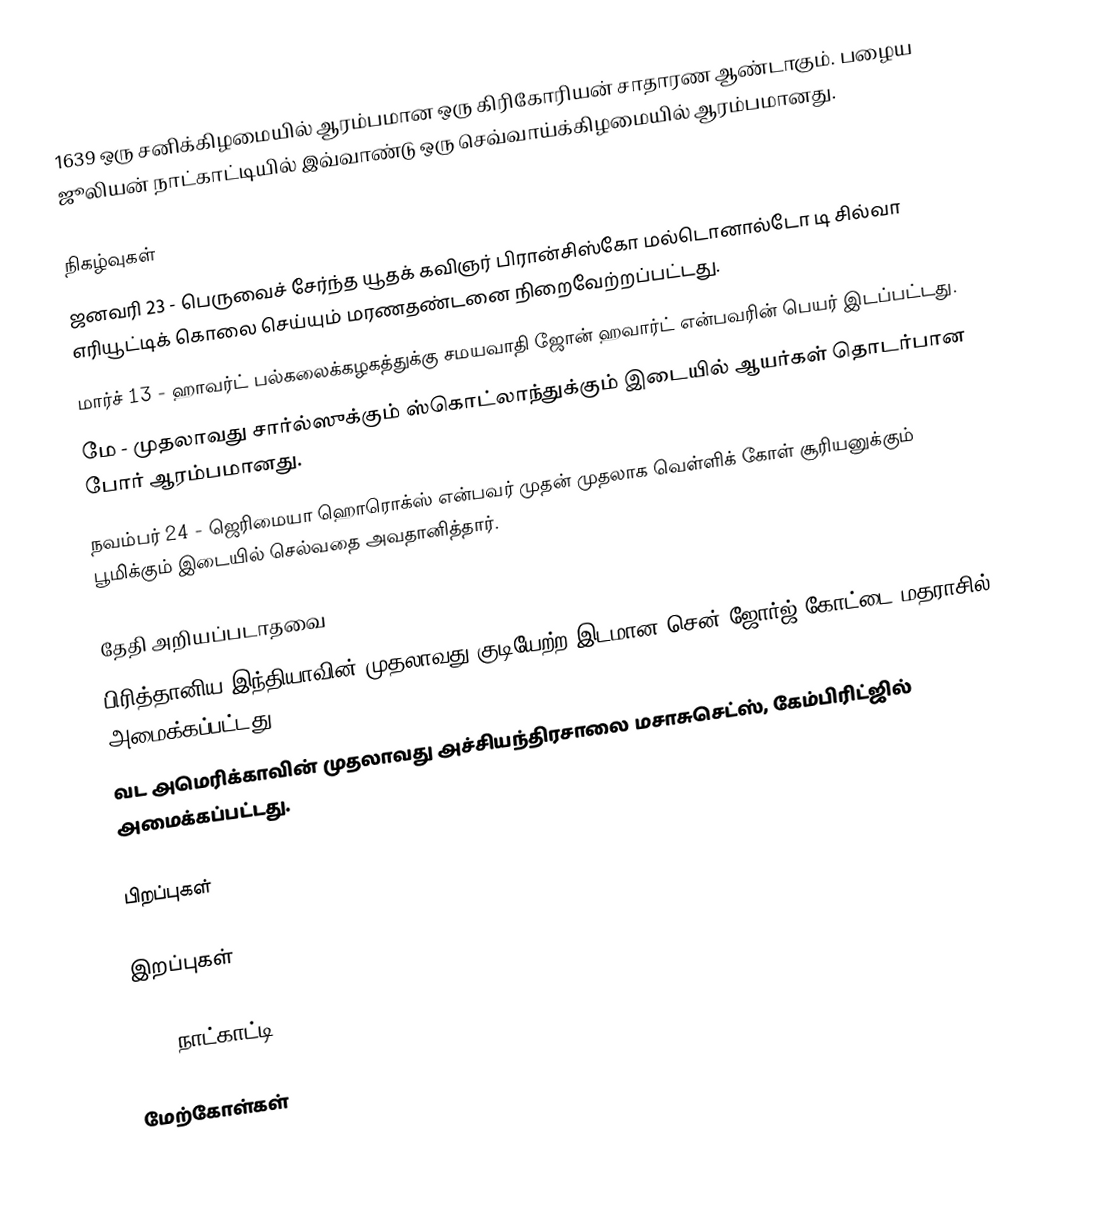
1639 ஒரு சனிக்கிழமையில் ஆரம்பமான ஒரு கிரிகோரியன் சாதாரண ஆண்டாகும். பழைய ஜூலியன் நாட்காட்டியில் இவ்வாண்டு ஒரு செவ்வாய்க்கிழமையில் ஆரம்பமானது.

நிகழ்வுகள்
 ஜனவரி 23 - பெருவைச் சேர்ந்த யூதக் கவிஞர் பிரான்சிஸ்கோ மல்டொனால்டோ டி சில்வா எரியூட்டிக் கொலை செய்யும் மரணதண்டனை நிறைவேற்றப்பட்டது.
 மார்ச் 13 - ஹாவர்ட் பல்கலைக்கழகத்துக்கு சமயவாதி ஜோன் ஹவார்ட் என்பவரின் பெயர் இடப்பட்டது.
 மே - முதலாவது சார்ல்ஸுக்கும் ஸ்கொட்லாந்துக்கும் இடையில் ஆயர்கள் தொடர்பான போர் ஆரம்பமானது.
 நவம்பர் 24 - ஜெரிமையா ஹொரொக்ஸ் என்பவர் முதன் முதலாக வெள்ளிக் கோள் சூரியனுக்கும் பூமிக்கும் இடையில் செல்வதை அவதானித்தார்.

தேதி அறியப்படாதவை
 பிரித்தானிய இந்தியாவின் முதலாவது குடியேற்ற இடமான சென் ஜோர்ஜ் கோட்டை மதராசில் அமைக்கப்பட்டது.
 வட அமெரிக்காவின் முதலாவது அச்சியந்திரசாலை மசாசுசெட்ஸ், கேம்பிரிட்ஜில் அமைக்கப்பட்டது.

பிறப்புகள்

இறப்புகள்

1639 நாட்காட்டி

மேற்கோள்கள்